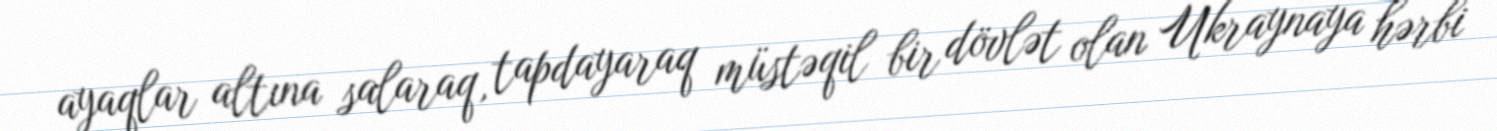
ayaqlar altına salaraq, tapdayaraq müstəqil bir dövlət olan Ukraynaya hərbi